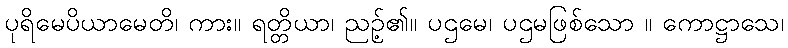
ပုရိမေပိယာမေတိ၊ ကား။ ရတ္တိယာ၊ ညဉ့်၏။ ပဌမေ၊ ပဌမဖြစ်သော ။ ကောဋ္ဌာသေ၊